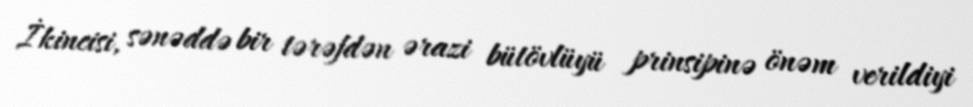
İkincisi, sənəddə bir tərəfdən ərazi bütövlüyü prinsipinə önəm verildiyi